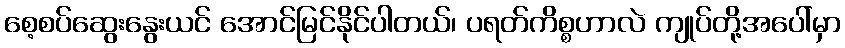
စေ့စပ်ဆွေးနွေးယင် အောင်မြင်နိုင်ပါတယ်၊ ပရတ်ကိစ္စဟာလဲ ကျုပ်တို့အပေါ်မှာ